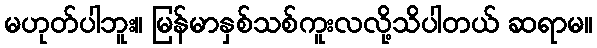
မဟုတ်ပါဘူး။ မြန်မာနှစ်သစ်ကူးလလို့သိပါတယ် ဆရာမ။